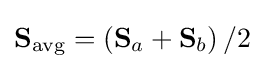
\mathbf {S} _{\text{avg}}=\left(\mathbf {S} _{a}+\mathbf {S} _{b}\right)/2